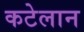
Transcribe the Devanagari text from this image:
कटेलान